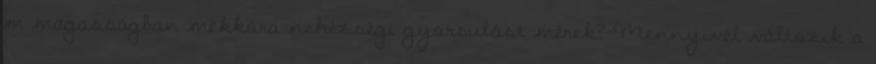
m magasságban mekkora nehézségi gyorsulást mérek? Mennyivel változik a